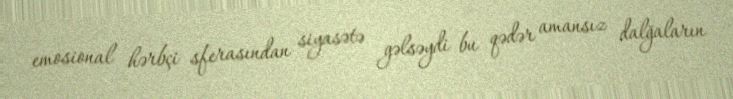
emosional hərbçi sferasından siyasətə gəlsəydi bu qədər amansız dalğaların